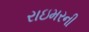
રાઇમરની